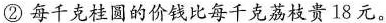
②每千克桂圆的价钱比每千克荔枝贵18元。